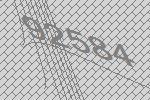
92584